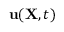
{ \bf u } ( { \bf X } , t )